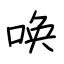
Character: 唤